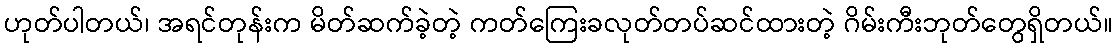
ဟုတ်ပါတယ်၊ အရင်တုန်းက မိတ်ဆက်ခဲ့တဲ့ ကတ်ကြေးခလုတ်တပ်ဆင်ထားတဲ့ ဂိမ်းကီးဘုတ်တွေရှိတယ်။